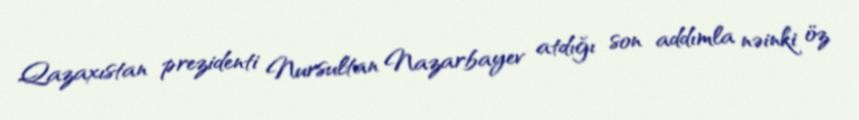
Qazaxıstan prezidenti Nursultan Nazarbayev atdığı son addımla nəinki öz